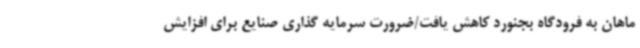
ماهان به فرودگاه بجنورد کاهش یافت/ضرورت سرمایه گذاری صنایع برای افزایش